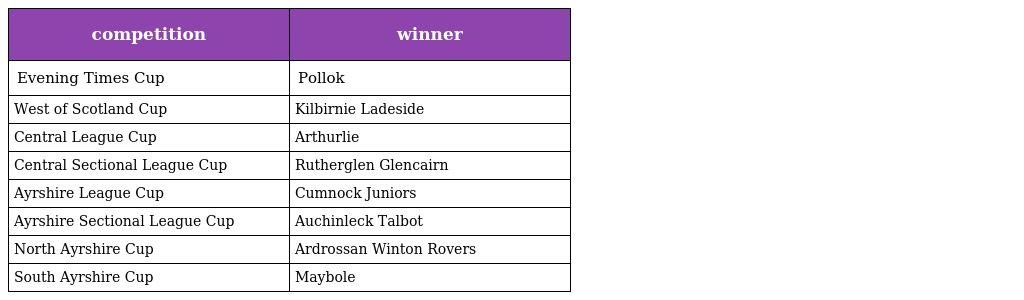
| competition | winner |
 | --- | --- |
 | Evening Times Cup | Pollok |
 | West of Scotland Cup | Kilbirnie Ladeside |
 | Central League Cup | Arthurlie |
 | Central Sectional League Cup | Rutherglen Glencairn |
 | Ayrshire League Cup | Cumnock Juniors |
 | Ayrshire Sectional League Cup | Auchinleck Talbot |
 | North Ayrshire Cup | Ardrossan Winton Rovers |
 | South Ayrshire Cup | Maybole |